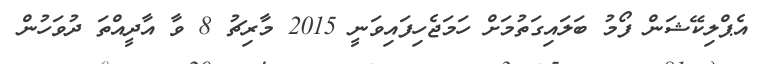
އެޕްލިކޭޝަން ފޯމު ބަލައިގަތުމަށް ހަމަޖެހިފައިވަނީ 2015 މާރިޗު 8 ވާ އާދީއްތަ ދުވަހުން